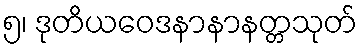
၅၊ ဒုတိယဝေဒနာနာနတ္တသုတ်